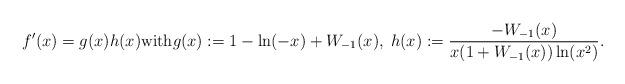
LaTeX: \begin{align*}f'(x)=g(x) h(x) \mbox{with}g(x):=1-\ln(-x)+W_{-1}(x),\; h(x):=\frac{-W_{-1}(x)}{x(1+W_{-1}(x))\ln(x^2)}.\end{align*}